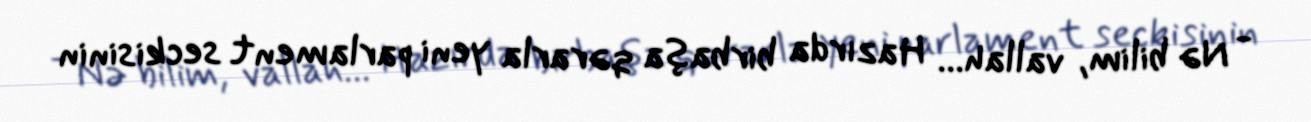
- Nə bilim, vallah... Hazırda birbaşa qərarla yeni parlament seckisinin